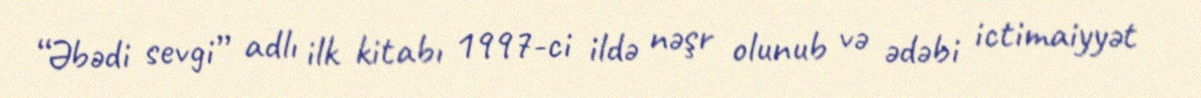
“Əbədi sevgi” adlı ilk kitabı 1997-ci ildə nəşr olunub və ədəbi ictimaiyyət